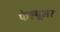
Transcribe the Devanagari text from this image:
फेल्यूअर